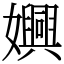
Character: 嬹